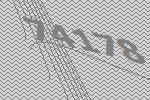
74178